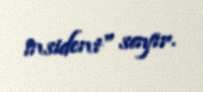
insident" sayır.